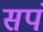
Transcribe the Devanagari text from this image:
सपं